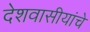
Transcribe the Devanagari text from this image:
देशवासीयांचे